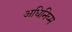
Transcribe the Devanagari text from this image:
अधिनिय्म